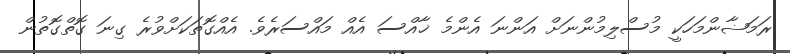
ރަމަޟާންމަހަކީ މުސްލިމުންނަށް އަންނަ އެންމެ ޚާއްސަ އެއް މައްސަރެވެ. އެއްގޮތަކަަށްވުރެ ގިނަ ގޮތްގޮތުން